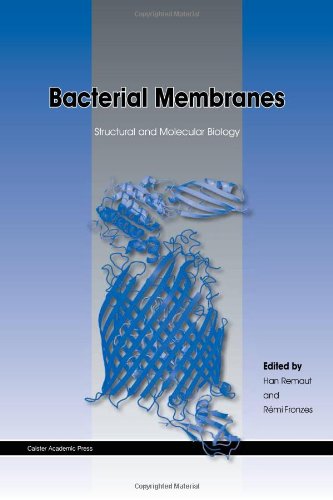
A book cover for Bacterial Membranes: Structural and Molecular Biology; Medical Books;